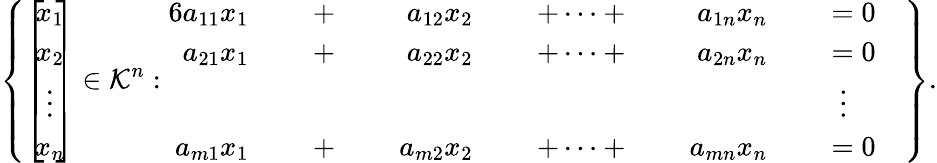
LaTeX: \left\{ \left[\! \! {\begin{array}{c}{x_{1}}\\ {x_{2}}\\ {\vdots}\\ {x_{n}}\end{array}}\! \! \right]\in\mathcal{K}^{n}:{\begin{array}{rlrlrlrlrlrl}{{6}a_{11}x_{1}}&{}&{\; +\; }&{}&{a_{12}x_{2}}&{}&{\; +\cdots+\; }&{}&{a_{1n}x_{n}}&{}&{\; =0}&{}\\ {a_{21}x_{1}}&{}&{\; +\; }&{}&{a_{22}x_{2}}&{}&{\; +\cdots+\; }&{}&{a_{2n}x_{n}}&{}&{\; =0}&{}\\ &{}&&{}&&{}&&{}&&{}&{\vdots\quad}&{}\\ {a_{m1}x_{1}}&{}&{\; +\; }&{}&{a_{m2}x_{2}}&{}&{\; +\cdots+\; }&{}&{a_{mn}x_{n}}&{}&{\; =0}&{}\end{array}}\right\} .